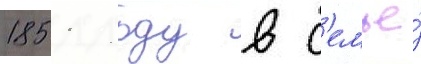
1851 году в с'емье́